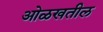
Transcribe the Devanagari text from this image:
ओळखतील